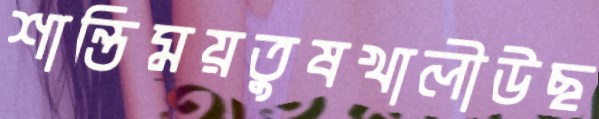
শান্তিময়তুষখালীউছ